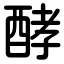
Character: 酵